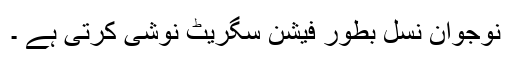
نوجوان نسل بطور فیشن سگریٹ نوشی کرتی ہے ۔